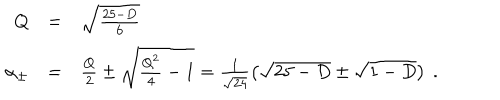
LaTeX: \begin{array} { r c l } { { Q } } & { { = } } & { { \sqrt { \frac { 2 5 - D } { 6 } } } } \\ { { \alpha _ { \pm } } } & { { = } } & { { \frac { Q } { 2 } \pm \sqrt { \frac { Q ^ { 2 } } { 4 } - 1 } = \frac { 1 } { \sqrt { 2 4 } } \left( \sqrt { 2 5 - D } \pm \sqrt { 1 - D } \right) \ . } } \\ \end{array}